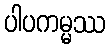
ပါပကမ္မဿ